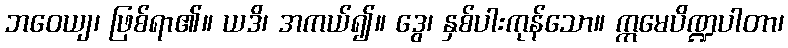
ဘဝေယျ၊ ဖြစ်ရာ၏။ ယဒိ၊ အကယ်၍။ ဒွေ၊ နှစ်ပါးကုန်သော။ ဣမေပိဏ္ဍပါတာ၊